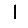
Digit: 1